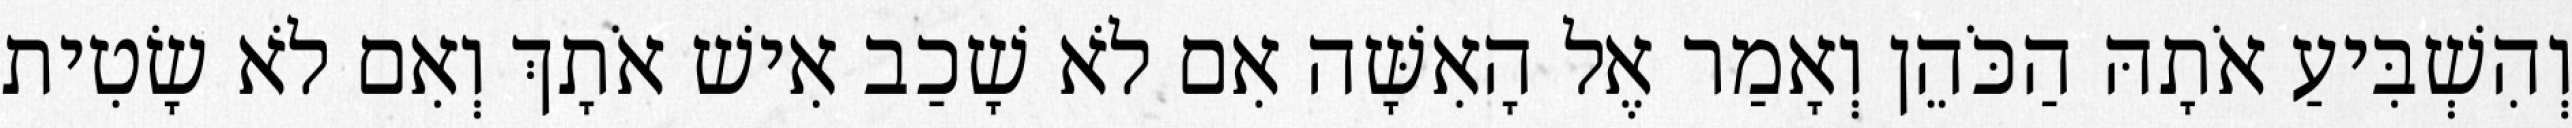
וְהִשְׁבִּיעַ אֹתָהּ הַכֹּהֵן וְאָמַר אֶל הָאִשָּׁה אִם לֹא שָׁכַב אִישׁ אֹתָךְ וְאִם לֹא שָׂטִית